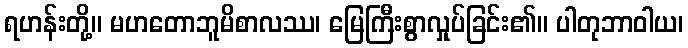
ရဟန်းတို့။ မဟတောဘူမိစာလဿ၊ မြေကြီးစွာလှုပ်ခြင်း၏။ ပါတုဘာဝါယ၊